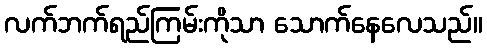
လက်ဘက်ရည်ကြမ်းကိုသာ သောက်နေလေသည်။